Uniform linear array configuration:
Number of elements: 8
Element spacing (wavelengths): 0.5
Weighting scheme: blackman
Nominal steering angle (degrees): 30
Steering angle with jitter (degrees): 31.48
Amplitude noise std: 0.05
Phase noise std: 0.05

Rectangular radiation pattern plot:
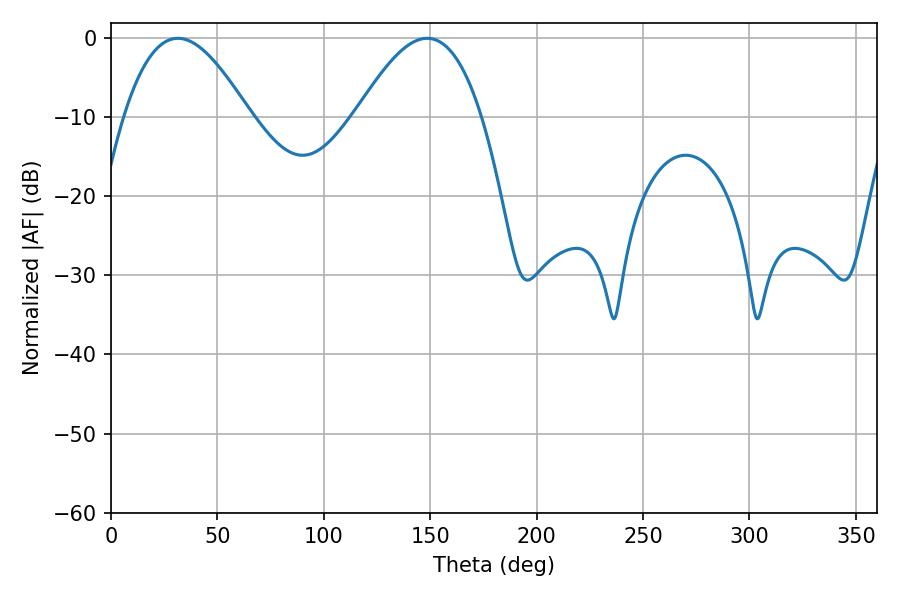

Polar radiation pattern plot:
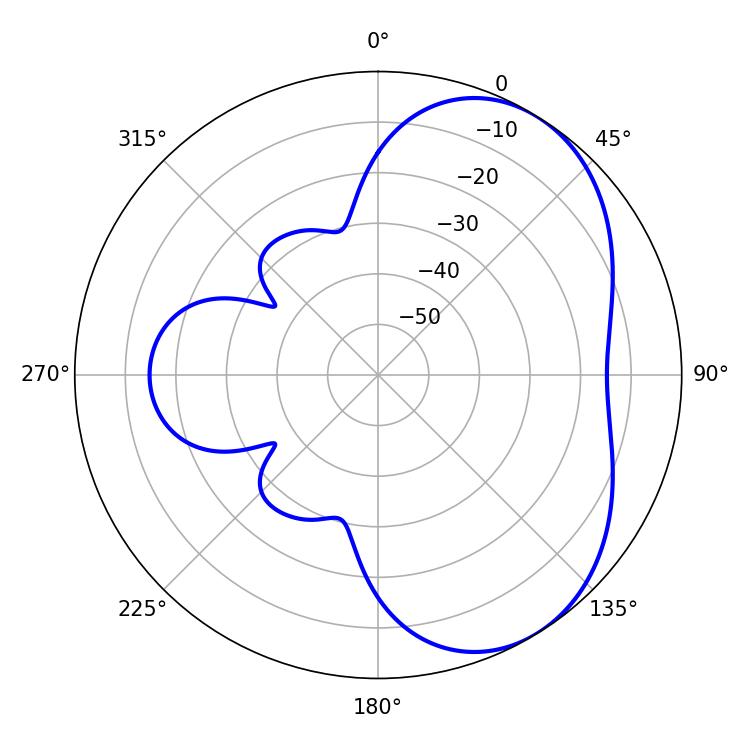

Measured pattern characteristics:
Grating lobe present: FALSE
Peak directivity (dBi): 4.774
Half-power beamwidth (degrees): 32.04
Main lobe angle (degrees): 31.5